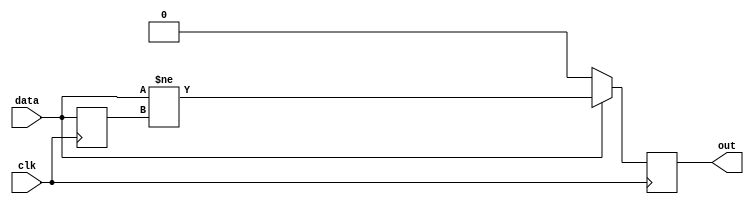
module key_sync(output reg out, input clk, input data);
	reg old = 0;
	
	always @(posedge clk)
	begin
		out <= data ? data != old : 0;
		old <= data;
	end
endmodule